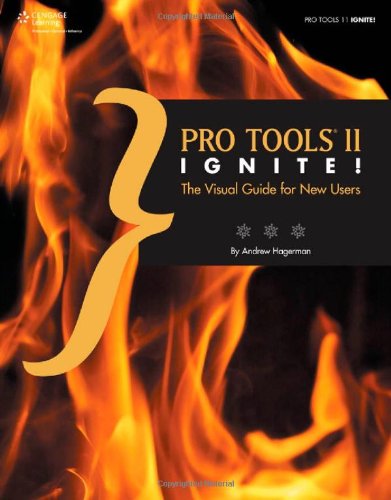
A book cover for Pro Tools 11 Ignite!: The Visual Guide for New Users; Andrew Lee Hagerman; Arts & Photography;